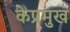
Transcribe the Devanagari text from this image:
केप्रमुख